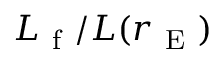
L _ { \mathrm { ~ f ~ } } / L ( r _ { \mathrm { ~ E ~ } } )